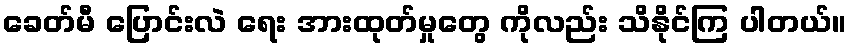
ခေတ်မီ ပြောင်းလဲ ရေး အားထုတ်မှုတွေ ကိုလည်း သိနိုင်ကြ ပါတယ်။